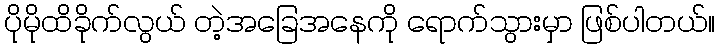
ပိုမိုထိခိုက်လွယ် တဲ့အခြေအနေကို ရောက်သွားမှာ ဖြစ်ပါတယ်။